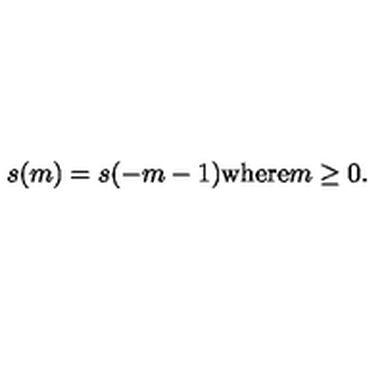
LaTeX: s ( m ) = s ( - m - 1 ) \mathrm { w h e r e } m \geq 0 .